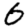
Digit: 6